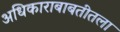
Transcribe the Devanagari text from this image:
अधिकाराबाबतीतला